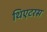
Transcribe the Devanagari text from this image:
थिएटरस